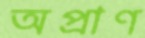
অপ্রাণ